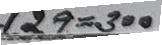
129 = 300